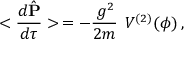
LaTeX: < \frac { d \hat { { \mathbf P } } } { d \tau } > \, = - \frac { \, g ^ { 2 } } { 2 m } \, { \mathbf \nabla } V ^ { ( 2 ) } ( \phi ) \, ,